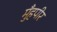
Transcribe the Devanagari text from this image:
मुँहपीर